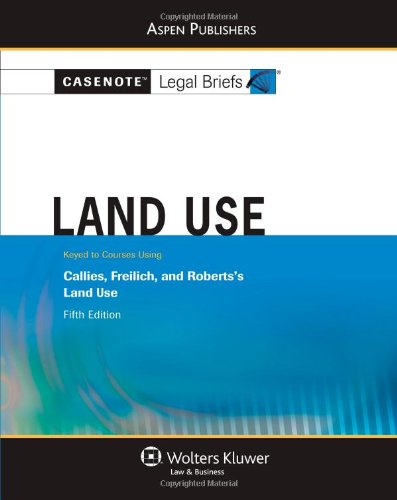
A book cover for Casenote Legal Briefs: Land Use: Keyed to Callies, Freilich, and Roberts's Land Use, 5th Ed.; Casenote Legal Briefs; Law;